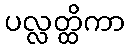
ပလ္လတ္ထိကာ